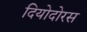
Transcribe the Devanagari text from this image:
दियोदोरस